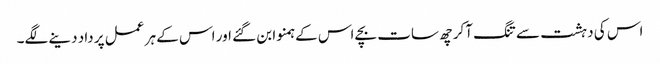
اس کی دہشت سے تنگ آکر چھ سات بچے اس کے ہمنوا بن گئے اور اس کے ہر عمل پر داد دینے لگے۔